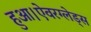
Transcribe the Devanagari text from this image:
हुआ।ऐवरग्लेड्स